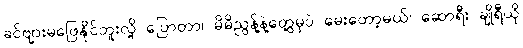
ခင်ဗျားမဖြေနိုင်ဘူးလို့ ပြောတာ၊ မိမိညွန့်နဲ့တွေ့မှပဲ မေးတော့မယ်၊ ဆောရီး ချိုရီယို